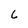
Character: 6